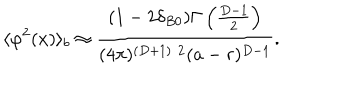
\langle \varphi ^ { 2 } ( x ) \rangle _ { b } \approx \frac { ( 1 - 2 \delta _ { B 0 } ) \Gamma \left( \frac { D - 1 } { 2 } \right) } { ( 4 \pi ) ^ { ( D + 1 ) / 2 } ( a - r ) ^ { D - 1 } } .